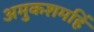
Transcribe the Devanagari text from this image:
अमुकशमहिं